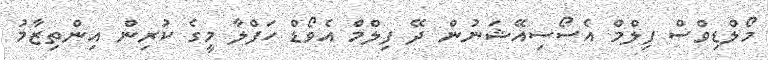
މޯލްޑިވްސް ފިލްމް އެސޯސިއޭޝަނުން ދޭ ފިލްމް އެވޯޑް ހަފްލާ މީގެ ކުރިން އިންތިޒާމު